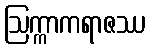
ဩက္ကာကရာဇဿ